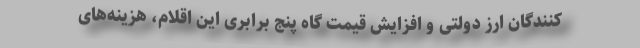
کنندگان ارز دولتی و افزایش قیمت گاه پنج برابری این اقلام، هزینه‌های